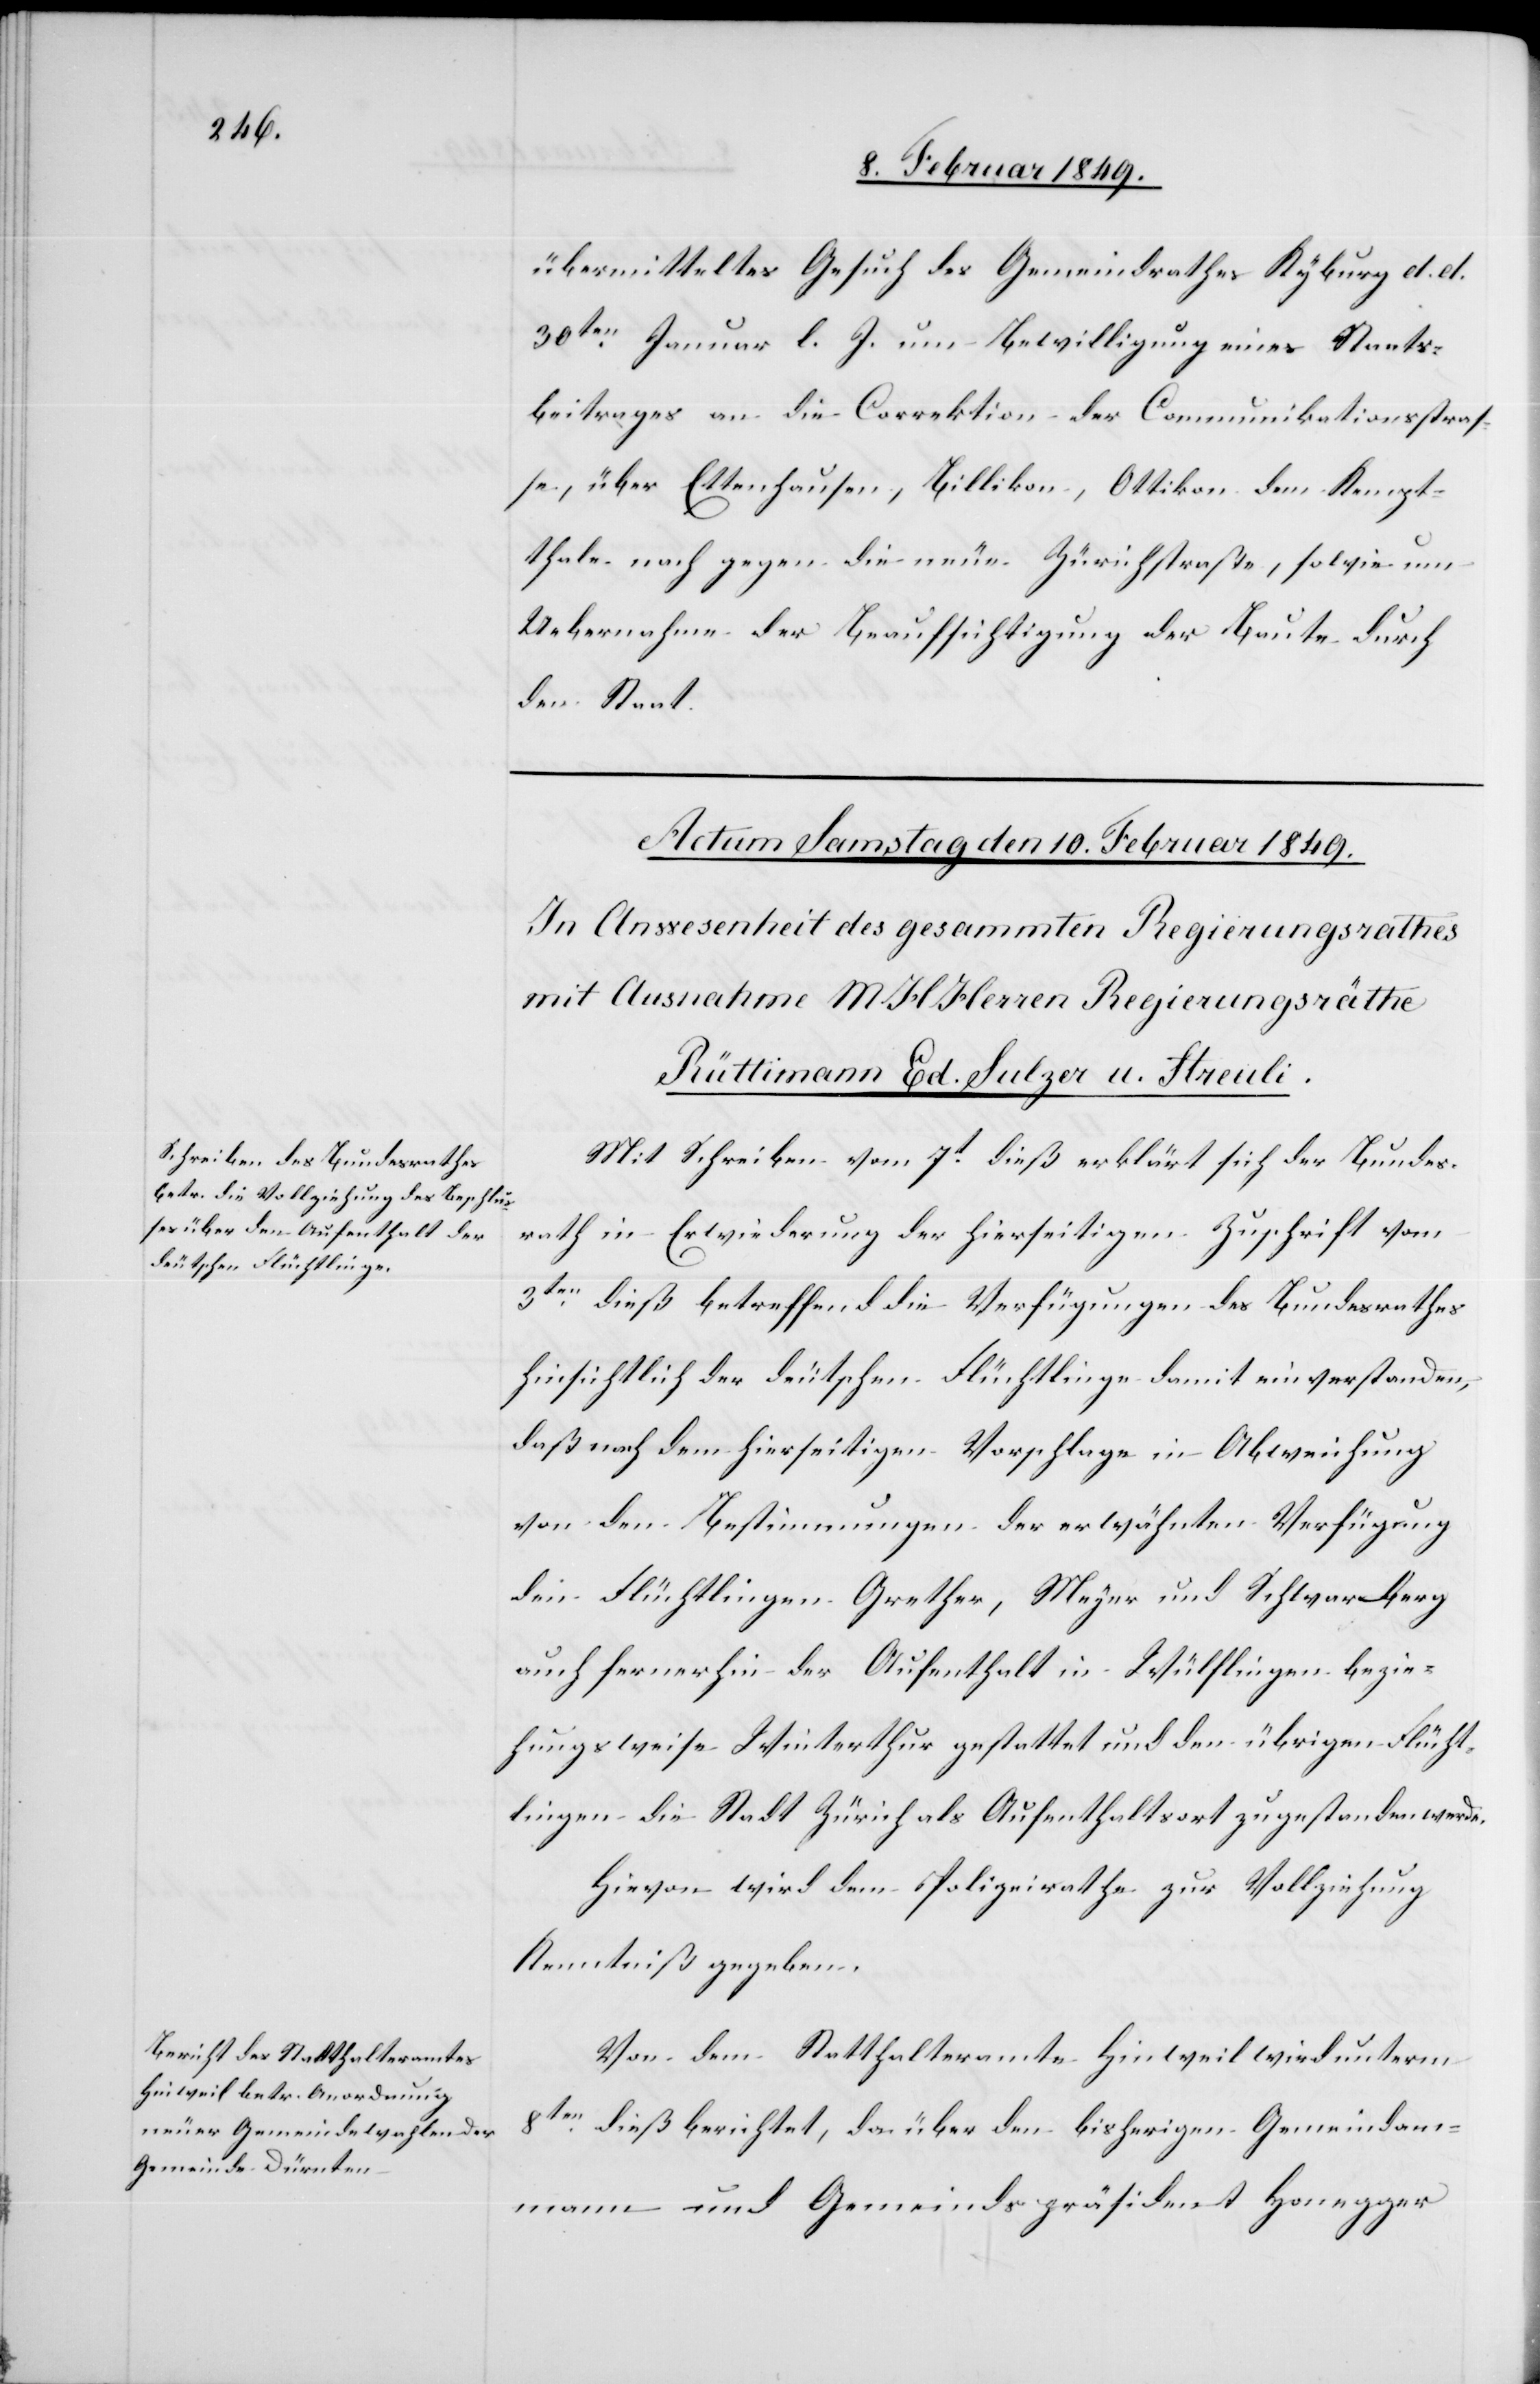
übermitteltes Gesuch des Gemeindrathes Kyburg d. d.
30ten. Januar l. J. um Bewilligung eines Staats¬
beitrages an die Correktion der Communikationsstraß¬
e, über Ettenhausen, Billikon, Ottikon dem Kempt¬
thale nach gegen die neue Zürichstraße, sowie um
Uebernahme der Beaufsichtigung der Baute durch
den Staat.
Mit Schreiben vom 7t. dieß erklärt sich der Bundes¬
rath in Erwiederung der hierseitigen Zuschrift vom
3ten. dieß betreffend die Verfügungen des Bundesrathes
hinsichtlich der deutschen Flüchtlinge damit einverstanden,
daß nach dem hierseitigen Vorschlage in Abweichung
von den Bestimmungen der erwähnten Verfügung
den Flüchtlingen Grether, Meyer und Schwarberg
auch fernerhin der Aufenthalt in Wülflingen bezie¬
hungsweise Winterthur gestattet und den übrigen Flücht¬
lingen die Stadt Zürich als Aufenthaltsort zugestanden werde.
Hievon wird dem Polizeirathe zur Vollziehung
Kenntniß gegeben.
Von dem Statthalteramte Hinweil wird unterm
8ten. dieß berichtet, da über den bisherigen Gemeindam¬
mann und Gemeindspräsident Honegger